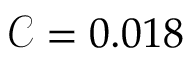
\mathcal { C } = 0 . 0 1 8